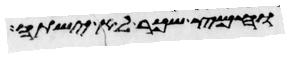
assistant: וחמץ שכר לא ישתה